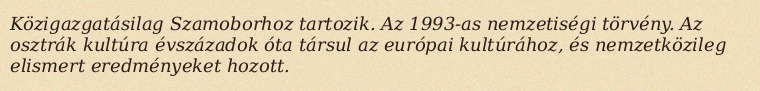
Közigazgatásilag Szamoborhoz tartozik. Az 1993-as nemzetiségi törvény. Az osztrák kultúra évszázadok óta társul az európai kultúrához, és nemzetközileg elismert eredményeket hozott.